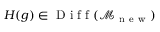
H ( g ) \in \mathrm { ~ D ~ i ~ f ~ f ~ } ( \mathcal { M } _ { \mathrm { ~ n ~ e ~ w ~ } } )